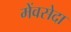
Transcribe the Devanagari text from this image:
मेंवसेदा